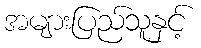
အများပြည်သူနှင့်